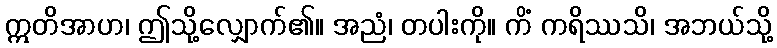
ဣတိအာဟ၊ ဤသို့လျှောက်၏။ အညံ၊ တပါးကို။ ကိံ ကရိဿသိ၊ အဘယ်သို့